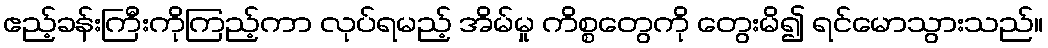
ဧည့်ခန်းကြီးကိုကြည့်ကာ လုပ်ရမည့် အိမ်မှု ကိစ္စတွေကို တွေးမိ၍ ရင်မောသွားသည်။